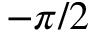
- \pi / 2